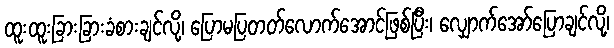
ထူးထူးခြားခြားခံစားချင်လို့၊ ပြောမပြတတ်လောက်အောင်ဖြစ်ပြီး၊ လျှောက်အော်ပြောချင်လို့၊